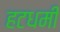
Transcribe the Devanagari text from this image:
हटधमीं